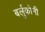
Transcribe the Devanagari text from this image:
बर्लुकोनी